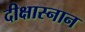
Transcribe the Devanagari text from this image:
दीक्षास्नान